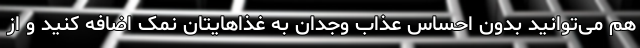
هم می‌توانید بدون احساس عذاب وجدان به غذاهایتان نمک اضافه کنید و از